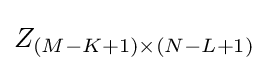
Z_{(M-K+1)\times (N-L+1)}